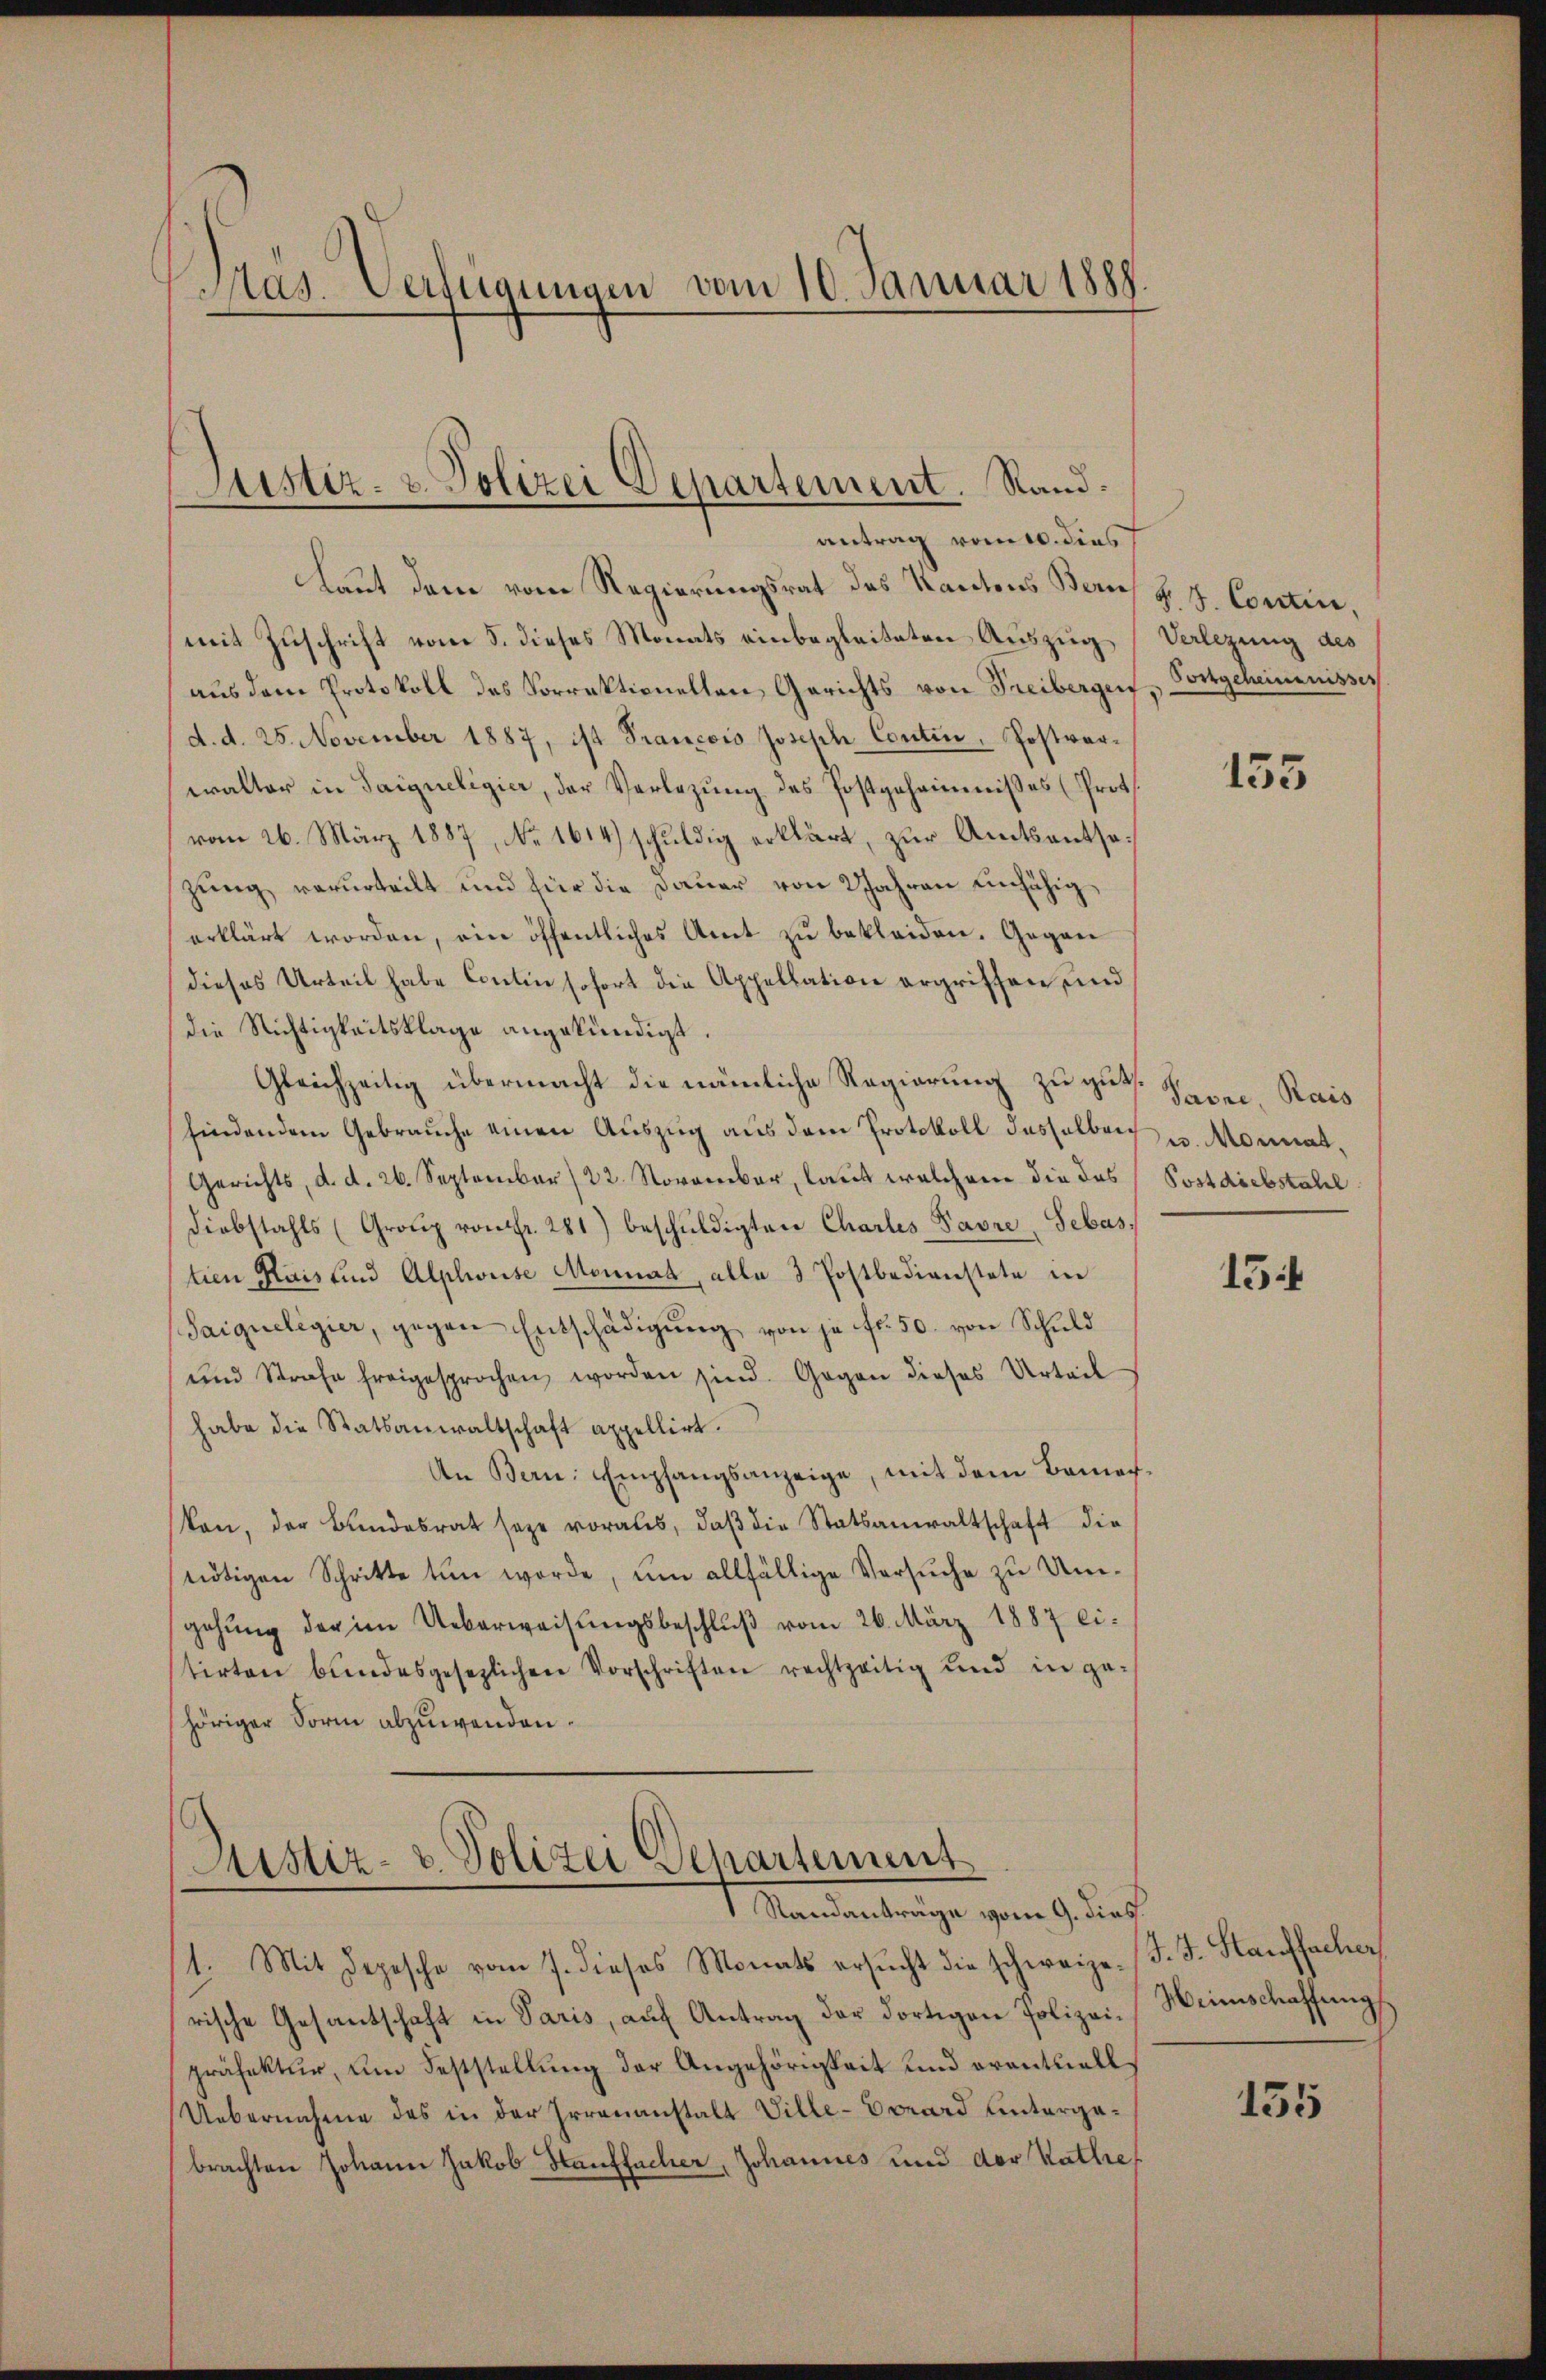
Mas. Verfügungen vom 10. Januar 1888.

laut dem vom Regierungsrat des Kantons Bern F. J. Contin,
mit Zuschrift vom 5. dieses Monats einbegleiteten Auszug Verlegung des
aus dem Protokoll des Vorrektionellen, Gerichts von Freibergen
d. d. 25. November 1887, ist Prancois Joseph Contin, Postverwalter in Saigueligier, der Verlegung des Postgeheimnisses (Prot
vom 26. März 1887, No 1614) schuldig erklärt, zur Amtsantsazung verurteilt und für die Dauer von 2 Jahren unfähig
erklärt worden, ein öffentliches Amt zŭ bekleiden. Gegen
dieses Urteil habe Contin sofort die Appellation ergriffen, und
die Nichtigkeitsklage angekündigt.
Gleichzeitig übermacht die nämliche Regierung zu gut. Prore Rais
findendem Gebrauche einen Auszug aus dem Protokoll desselben u. Monat,
Gerichts, d. d. 26. September /22. November, laut welchem die das
Diebstahls (Grotz von Fr. 281) beschŭldigten Charles Pavre Sebas
tien Hais sind Alplweise Monnat, alle 3 Postbedienstete in
Saiqueligier, gegen Entschädigung von je fr. 50. von Schuld
und Strafe freigesprochen worden sind. Gegen dieses Urteil
habe die Statsanwaltschaft appellirt.
An Bern: Empfangsanzeige, mit dem Bemerkon, der Bŭndesrat sage voraus, daβ die Statsanwaltschaft die
tŭtigen Schritte tun worde, um allfällige Versŭche zŭ Um-
gehung der im Ueberweisungsbeschluß vom 26. März 1887 ei-
tirten bundesgesezlichen Vorschriften rechtzeitig und in ge-
höriger Form abzuwenden.

Justiz- & Polizei Departement. Sandantrag vom 10. dies

Justiz- & Polizei Departement

Standanträge vom 9. dies
1. Mit Depesche vom 7. dieses Monats ersŭcht die schweize-J. J. Stauffacher
rische Gesantschaft in Paris, aŭf Antrag der dortigen Polizei- Weinschaffŭng
präfektur, um Feststellung der Angehörigkeit und eventuell
Uebernahme des in der Irrenanstalt Ville-Conard untergabrachten Johann Jakob Hauffacher, Johannes und der Kathe

Fortgeheimnisses

135

Postdiebstahel

15

135